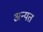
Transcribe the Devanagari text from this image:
अन्यत